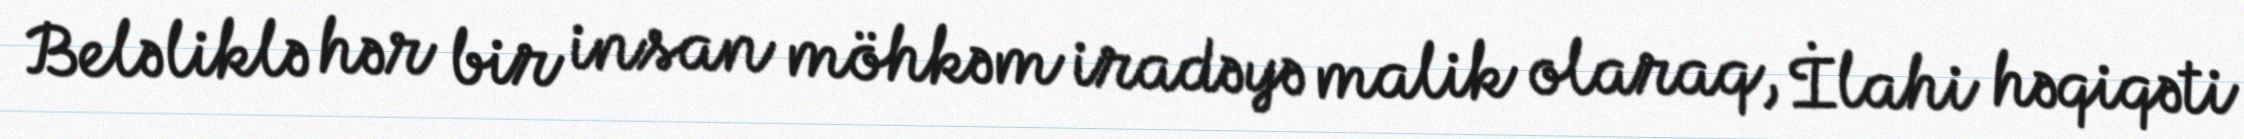
Beləliklə hər bir insan möhkəm iradəyə malik olaraq, İlahi həqiqəti